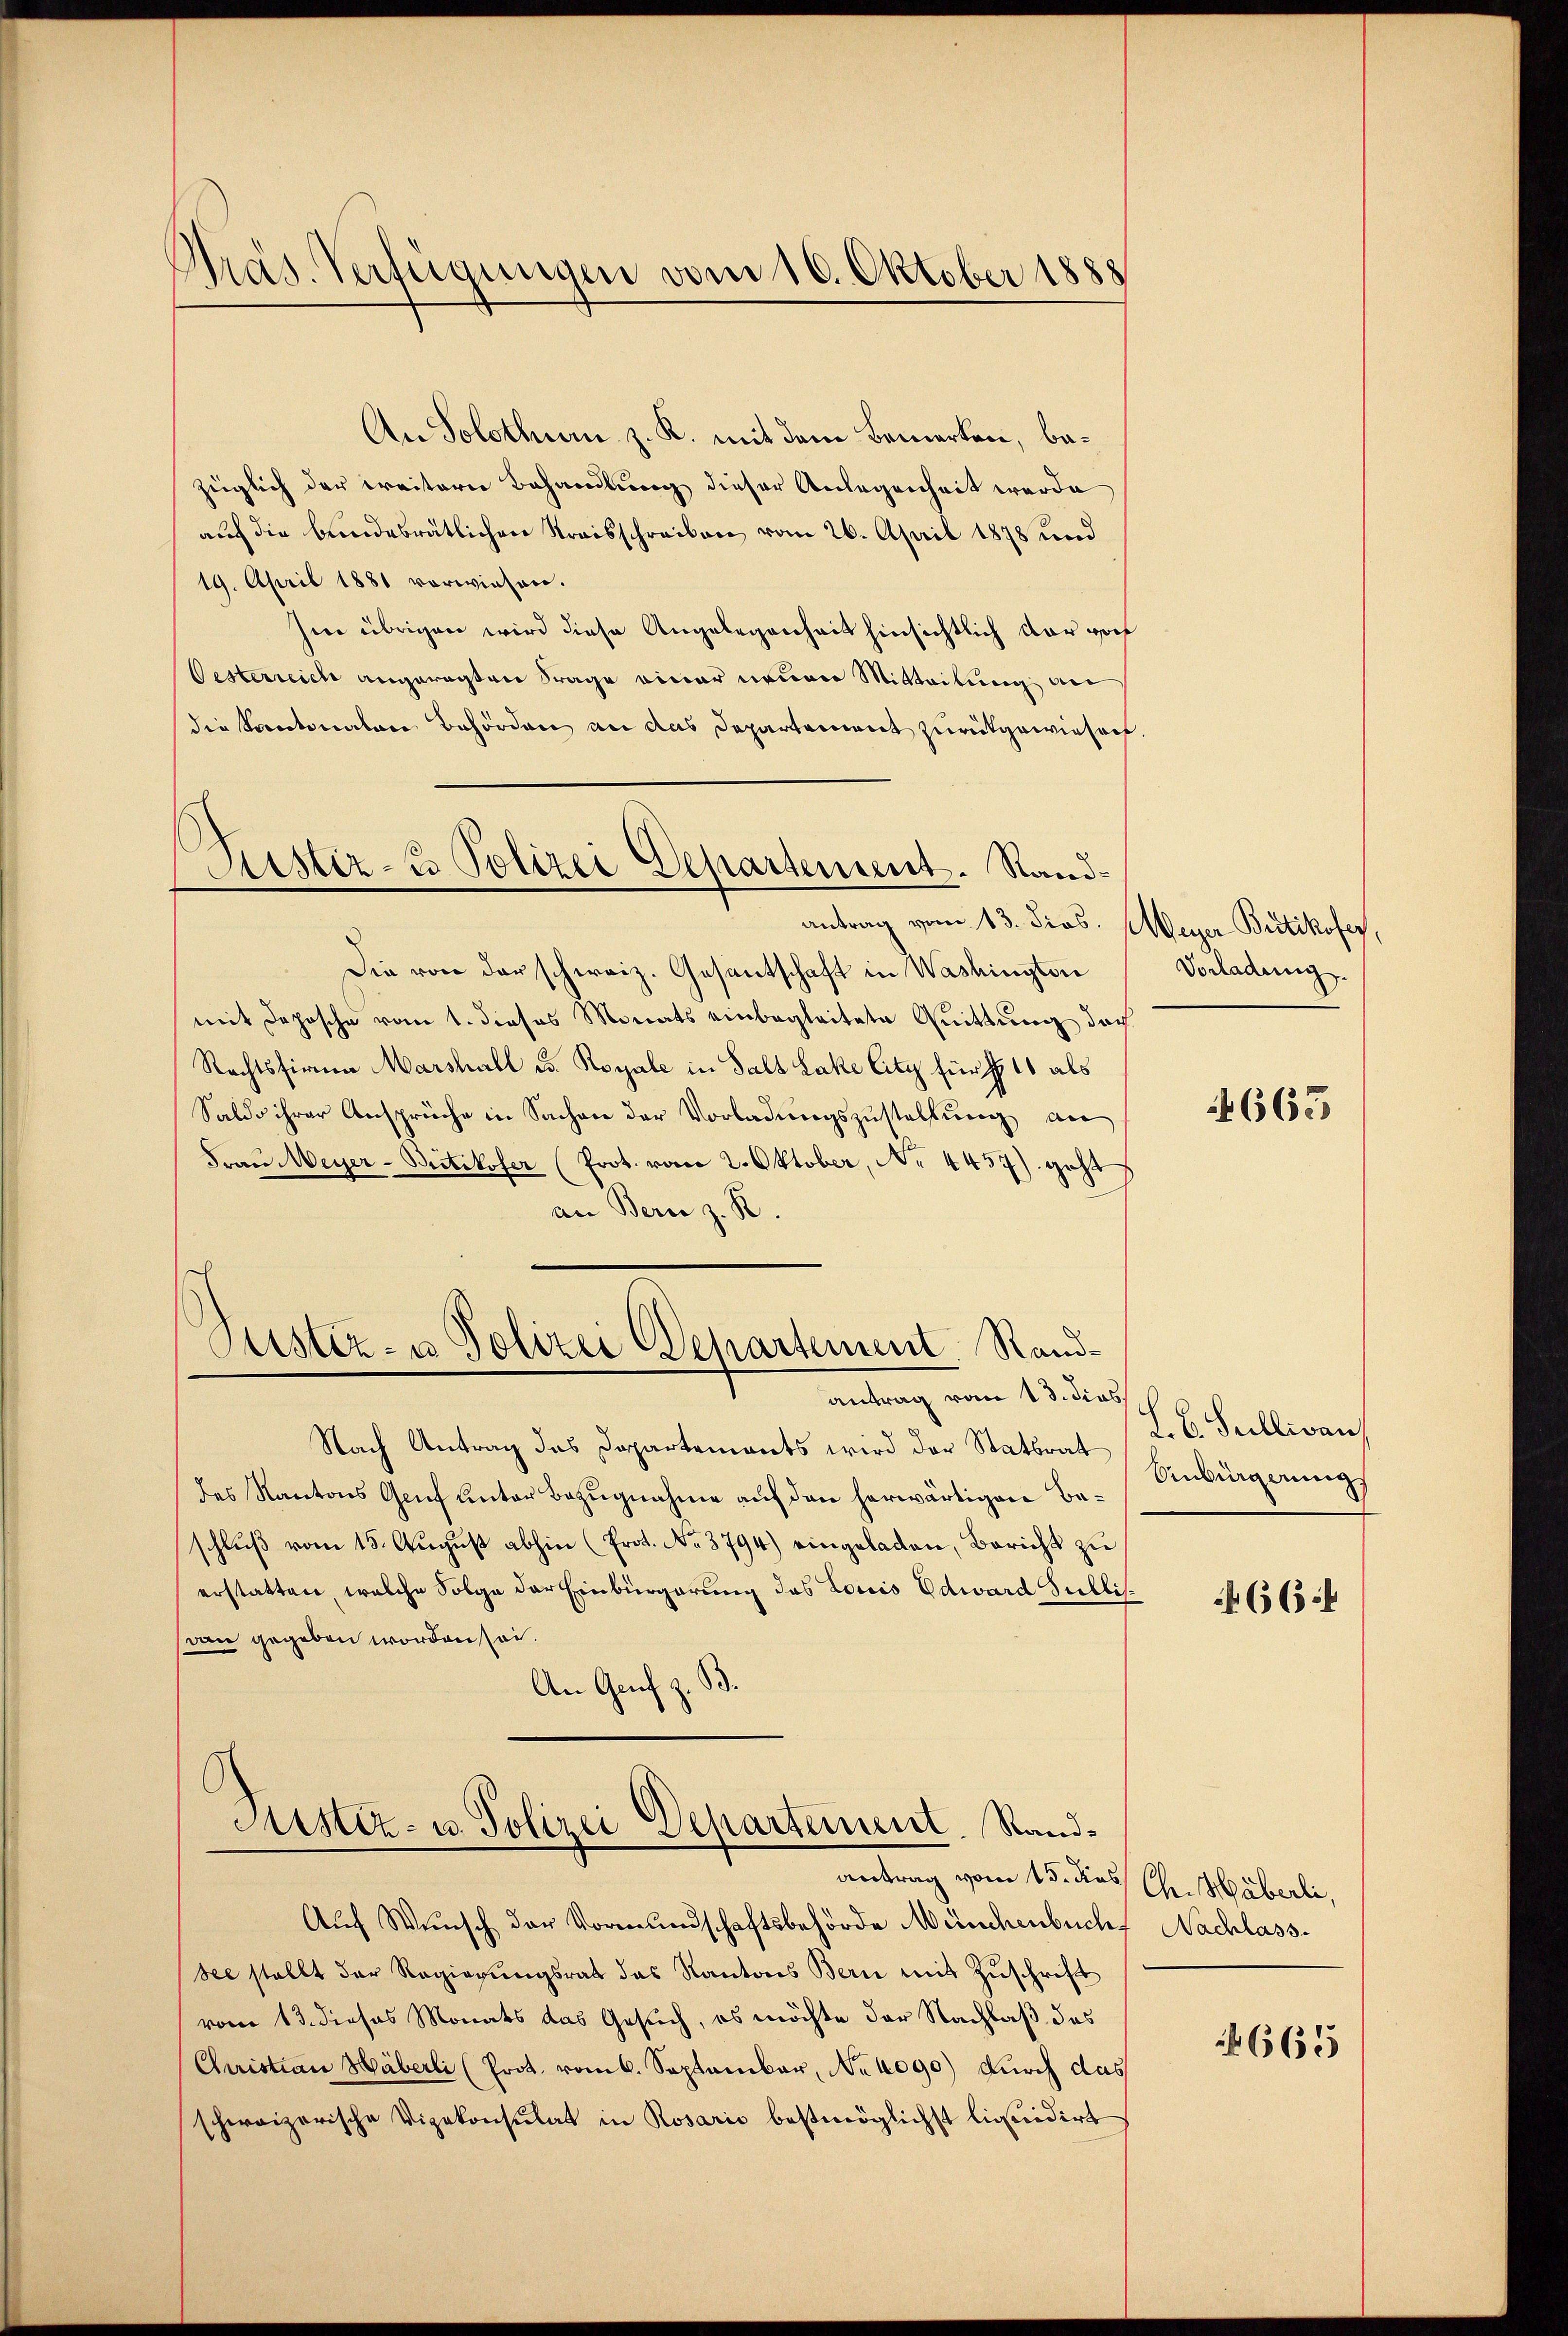
Präs. Verfügungen vom 10. Oktober 1888

An Solothum z. R. mit dem Bemerken, bezeiglich der Freitern Behandlung dieser Anlegenheit werde
auf die bundesrätlichen Streisschreiben vom 26. April 1878 und
19. April 1881 vorwiesen.
Im übrigen wird diese Angelegenheit hinsichtlich dar vorh
Oesterreich angeregten Frage einer neuen Mitteilung an
die Kantonalen Behörden an das Departement zurückgewiesen
Die von der schweiz. Gesantschaft in Washington
mit Deposche vom 1. dieses Monats einbegleitete Quittung doch
Rechtsfirma Marshall u. Royale in Salz Lake City für  11 als
Saldo ihrer Ansprüche in Sachen der Vorladungszustellung an
Frau Weyer-Britikofer (Prot. vom 2. Oktober, No 4437) geht
an Bern z. R.

Justiz- u Polizei Departement. Sandantrag vom 13. dies.

Justiz- u Polizei Departement Rand-

antrag vom 13. diess
Nach Antrag das Departemonts wird der Statsrat Dr E. Stellivan
des Kantons Genf unter Bezugnahme auf den herwärtigen Beschluß vom 15. August abhin (Prot. No. 3794) eingeladen, Bericht zu
erstatten, welche Folge der Einbürgerung das Louis Edward Sullisvan gegeben worden sei.
An Genf z. B.

Astiz- u. Polizei Departement. Stand¬

antrag vom 15. des Ch. Häberli,
Aŭf Wunsch der Vormundschaftsbehörde Münchenbuch Nachlass
see stellt der Regierŭngsrat das Kantons Bern mit Zŭschrift
vom 13. dieses Monats das Gesuch, es möchte der Nachlaß das
Churistian Häberli (Prot. vom 6. September, No 1090) durch das
schweizerische Vizekonsulat in Rosario bestmöglichst liquidirt

Weiger Britikofer,
Vorladung.

665

Einbürgerung

664

665